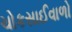
ચોકસાઈવાળો